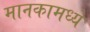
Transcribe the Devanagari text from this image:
मानकामध्ये